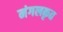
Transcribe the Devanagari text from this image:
मंगलकृत